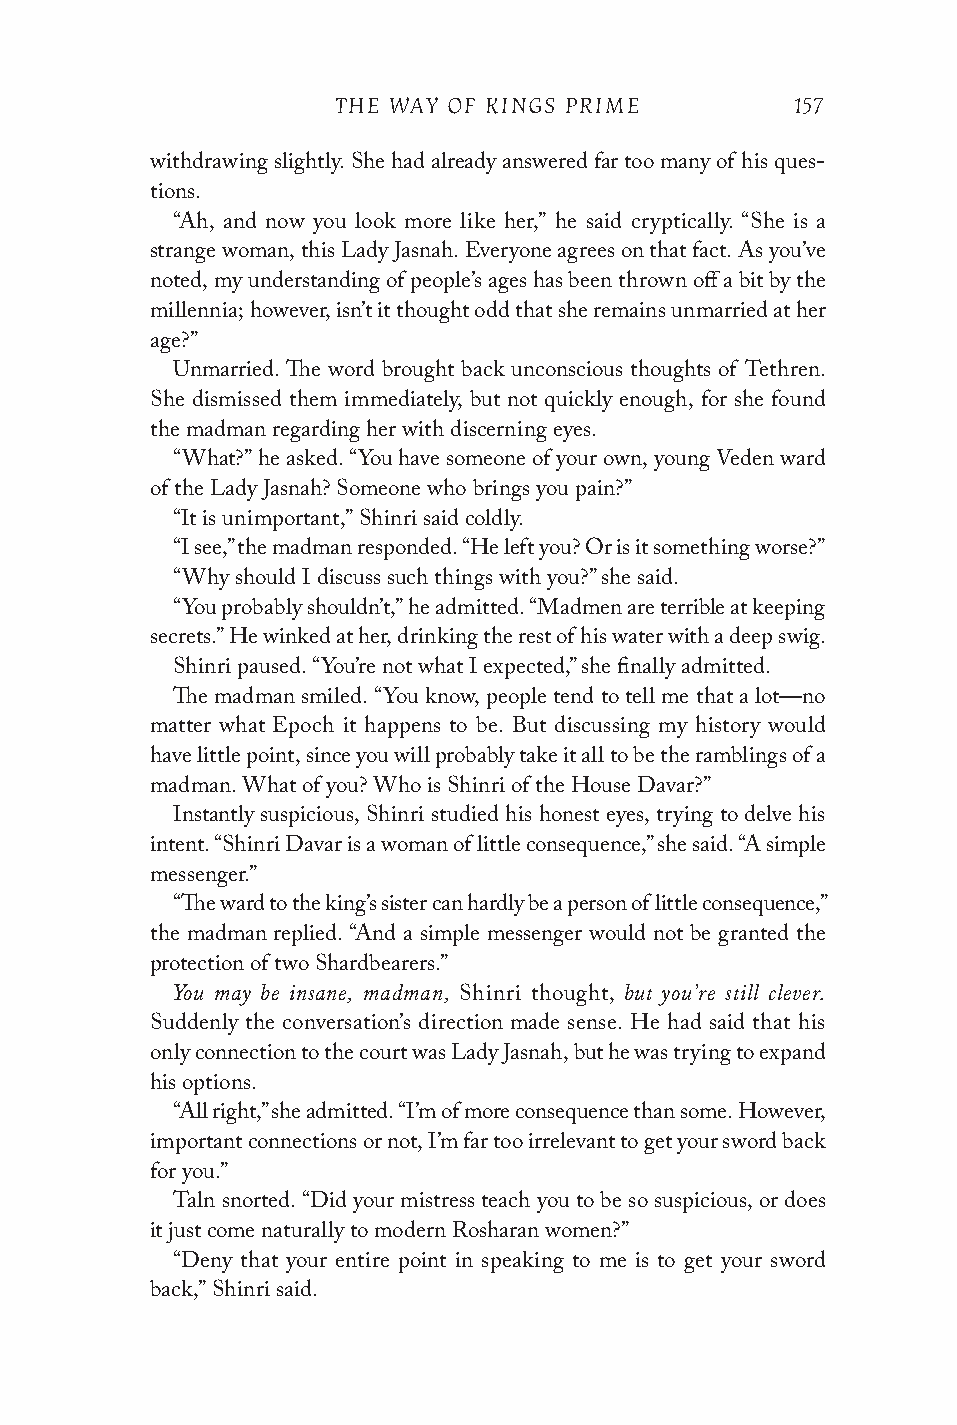
THE WAY OF KINGS PRIME         157
 withdrawing slightly. She had already answered far too many of his ques-
 tions.
 “Ah, and now you look more like her,” he said cryptically. “She is a
 strange woman, this Lady Jasnah. Everyone agrees on that fact. As you’ve
 noted, my understanding of people’s ages has been thrown off a bit by the
 millennia; however, isn’t it thought odd that she remains unmarried at her
 age?”
 Unmarried. The word brought back unconscious thoughts of Tethren.
 She dismissed them immediately, but not quickly enough, for she found
 the madman regarding her with discerning eyes.
 “What?” he asked. “You have someone of your own, young Veden ward
 of the Lady Jasnah? Someone who brings you pain?”
 “It is unimportant,” Shinri said coldly.
 “I see,” the madman responded. “He left you? Or is it something worse?”
 “Why should I discuss such things with you?” she said.
 “You probably shouldn’t,” he admitted. “Madmen are terrible at keeping
 secrets.” He winked at her, drinking the rest of his water with a deep swig.
 Shinri paused. “You’re not what I expected,” she finally admitted.
 The madman smiled. “You know, people tend to tell me that a lot—no
 matter what Epoch it happens to be. But discussing my history would
 have little point, since you will probably take it all to be the ramblings of a
 madman. What of you? Who is Shinri of the House Davar?”
 Instantly suspicious, Shinri studied his honest eyes, trying to delve his
 intent. “Shinri Davar is a woman of little consequence,” she said. “A simple
 messenger.”
 “The ward to the king’s sister can hardly be a person of little consequence,”
 the madman replied. “And a simple messenger would not be granted the
 protection of two Shardbearers.”
 You may be insane, madman,    but you’re still clever.
 Shinri thought,
 Suddenly the conversation’s direction made sense. He had said that his
 only connection to the court was Lady Jasnah, but he was trying to expand
 his options.
 “All right,” she admitted. “I’m of more consequence than some. However,
 important connections or not, I’m far too irrelevant to get your sword back
 for you.”
 Taln snorted. “Did your mistress teach you to be so suspicious, or does
 it just come naturally to modern Rosharan women?”
 “Deny that your entire point in speaking to me is to get your sword
 back,” Shinri said.